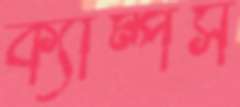
ক্যাম্পস